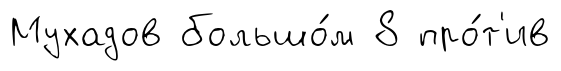
Мухадов большо́м 8 про́т'ив